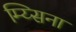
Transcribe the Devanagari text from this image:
म्य्सिना